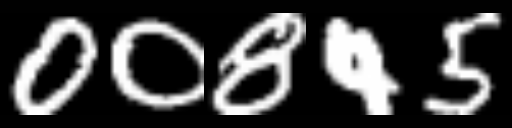
Text: 00845